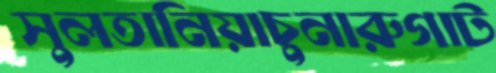
সুলতানিয়াচুনারুগাট